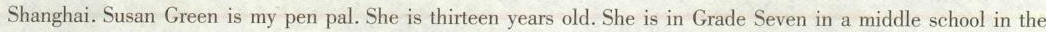
Shanghai.Susan Green is my pen pal. She is thirteen years old. She is in Grade Seven in a middle school in the